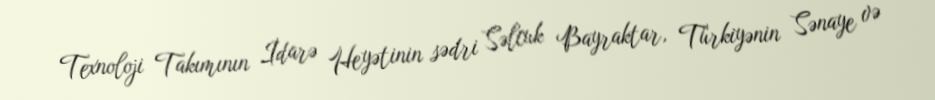
Texnoloji Takımının İdarə Heyətinin sədri Səlcuk Bayraktar, Türkiyənin Sənaye və